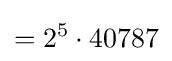
=2^{5}\cdot 40787